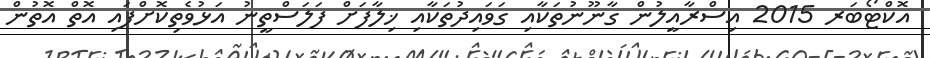
އޮކްޓޯބަރ 2015 އިސްރާއީލުން ގާނޫނުތަކާއި ގަވައިދުތަކާއި ޚިލާފަށް ފަލަސްތީނު އަޅުވެތިކޮށްފައި އޮތް އޮތުން